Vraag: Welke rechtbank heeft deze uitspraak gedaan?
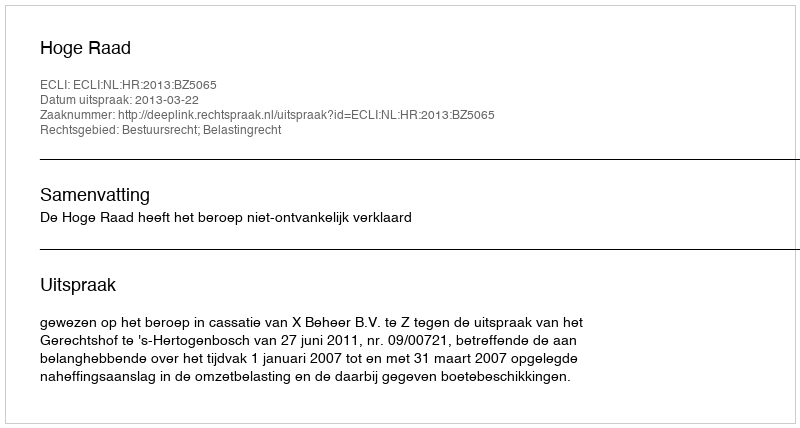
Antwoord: Hoge Raad